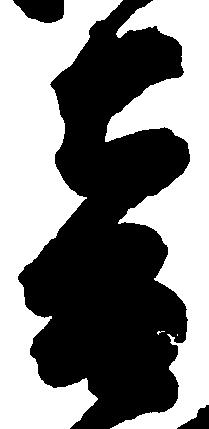
音